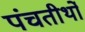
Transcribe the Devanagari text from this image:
पंचतीर्थों